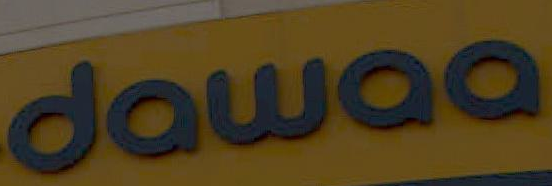
dawaa